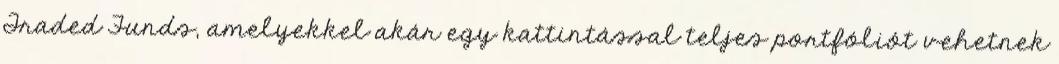
Traded Funds, amelyekkel akár egy kattintással teljes portfóliót vehetnek